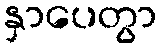
နှာပေတွာ